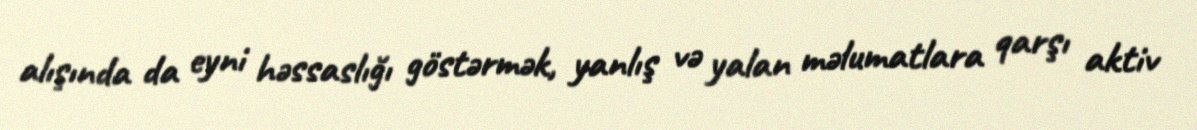
alışında da eyni həssaslığı göstərmək, yanlış və yalan məlumatlara qarşı aktiv